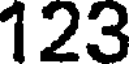
123